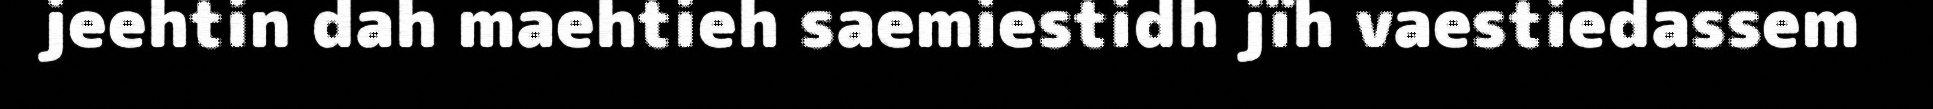
jeehtin dah maehtieh saemiestidh jïh vaestiedassem